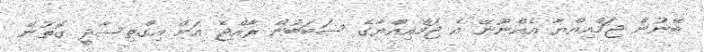
ބޭނުން ޖަމްއިއްޔާ އެއްނޫނޭ އެ ޖަމްއިއްޔާގެ ސަބަބުން ރާއްޖެ އަށް އިގްތިސާދީ ގޮތުން